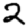
Digit: 2